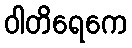
ဝါတိရေကေ